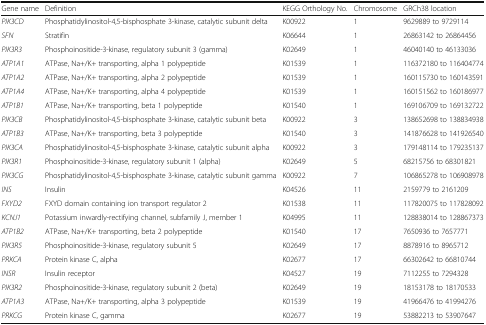
<table><thead><tr><td><b>Gene name</b></td><td><b>Definition</b></td><td><b>KEGG Orthology No.</b></td><td><b>Chromosome</b></td><td><b>GRCh38 location</b></td></tr></thead><tbody><tr><td><i>PIK3CD</i></td><td>Phosphatidylinositol-4,5-bisphosphate 3-kinase, catalytic subunit delta</td><td>K00922</td><td>1</td><td>9629889 to 9729114</td></tr><tr><td><i>SFN</i></td><td>Stratifin</td><td>K06644</td><td>1</td><td>26863142 to 26864456</td></tr><tr><td><i>PIK3R3</i></td><td>Phosphoinositide-3-kinase, regulatory subunit 3 (gamma)</td><td>K02649</td><td>1</td><td>46040140 to 46133036</td></tr><tr><td><i>ATP1A1</i></td><td>ATPase, Na+/K+ transporting, alpha 1 polypeptide</td><td>K01539</td><td>1</td><td>116372180 to 116404774</td></tr><tr><td><i>ATP1A2</i></td><td>ATPase, Na+/K+ transporting, alpha 2 polypeptide</td><td>K01539</td><td>1</td><td>160115730 to 160143591</td></tr><tr><td><i>ATP1A4</i></td><td>ATPase, Na+/K+ transporting, alpha 4 polypeptide</td><td>K01539</td><td>1</td><td>160151562 to 160186977</td></tr><tr><td><i>ATP1B1</i></td><td>ATPase, Na+/K+ transporting, beta 1 polypeptide</td><td>K01540</td><td>1</td><td>169106709 to 169132722</td></tr><tr><td><i>PIK3CB</i></td><td>Phosphatidylinositol-4,5-bisphosphate 3-kinase, catalytic subunit beta</td><td>K00922</td><td>3</td><td>138652698 to 138834938</td></tr><tr><td><i>ATP1B3</i></td><td>ATPase, Na+/K+ transporting, beta 3 polypeptide</td><td>K01540</td><td>3</td><td>141876628 to 141926540</td></tr><tr><td><i>PIK3CA</i></td><td>Phosphatidylinositol-4,5-bisphosphate 3-kinase, catalytic subunit alpha</td><td>K00922</td><td>3</td><td>179148114 to 179235137</td></tr><tr><td><i>PIK3R1</i></td><td>Phosphoinositide-3-kinase, regulatory subunit 1 (alpha)</td><td>K02649</td><td>5</td><td>68215756 to 68301821</td></tr><tr><td><i>PIK3CG</i></td><td>Phosphatidylinositol-4,5-bisphosphate 3-kinase, catalytic subunit gamma</td><td>K00922</td><td>7</td><td>106865278 to 106908978</td></tr><tr><td><i>INS</i></td><td>Insulin</td><td>K04526</td><td>11</td><td>2159779 to 2161209</td></tr><tr><td><i>FXYD2</i></td><td>FXYD domain containing ion transport regulator 2</td><td>K01538</td><td>11</td><td>117820075 to 117828092</td></tr><tr><td><i>KCNJ1</i></td><td>Potassium inwardly-rectifying channel, subfamily J, member 1</td><td>K04995</td><td>11</td><td>128838014 to 128867373</td></tr><tr><td><i>ATP1B2</i></td><td>ATPase, Na+/K+ transporting, beta 2 polypeptide</td><td>K01540</td><td>17</td><td>7650936 to 7657771</td></tr><tr><td><i>PIK3R5</i></td><td>Phosphoinositide-3-kinase, regulatory subunit 5</td><td>K02649</td><td>17</td><td>8878916 to 8965712</td></tr><tr><td><i>PRKCA</i></td><td>Protein kinase C, alpha</td><td>K02677</td><td>17</td><td>66302642 to 66810744</td></tr><tr><td><i>INSR</i></td><td>Insulin receptor</td><td>K04527</td><td>19</td><td>7112255 to 7294328</td></tr><tr><td><i>PIK3R2</i></td><td>Phosphoinositide-3-kinase, regulatory subunit 2 (beta)</td><td>K02649</td><td>19</td><td>18153178 to 18170533</td></tr><tr><td><i>ATP1A3</i></td><td>ATPase, Na+/K+ transporting, alpha 3 polypeptide</td><td>K01539</td><td>19</td><td>41966476 to 41994276</td></tr><tr><td><i>PRKCG</i></td><td>Protein kinase C, gamma</td><td>K02677</td><td>19</td><td>53882213 to 53907647</td></tr></tbody></table>